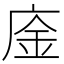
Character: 𢉅